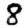
Digit: 8